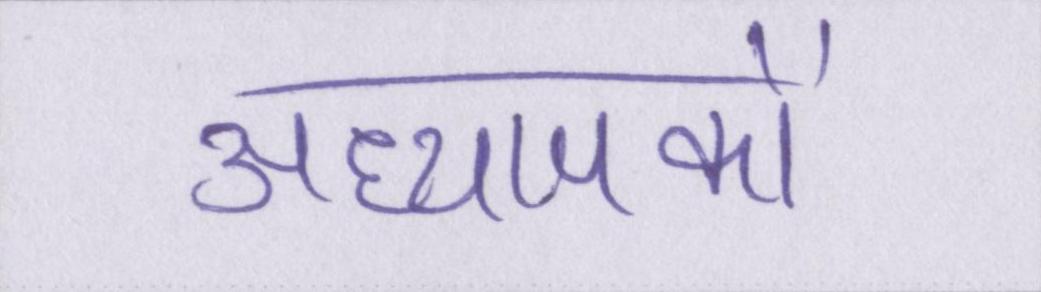
अध्यापकों